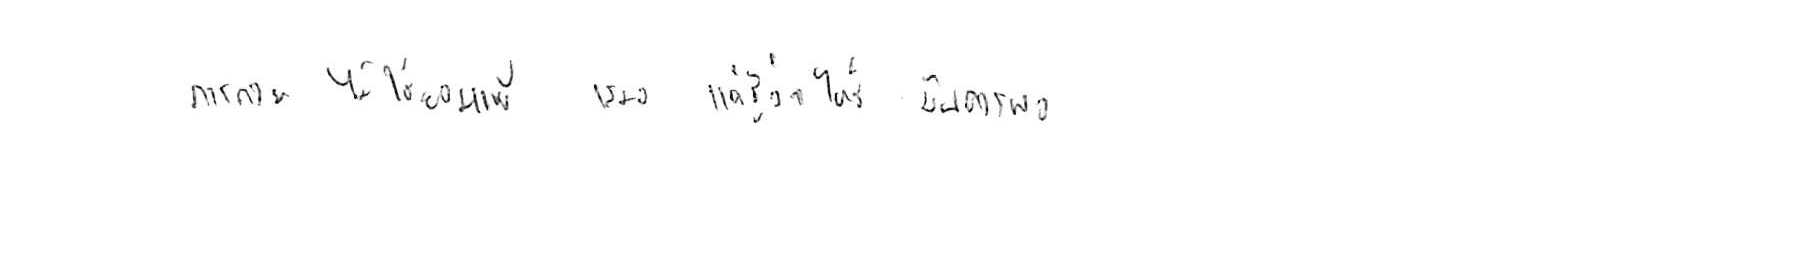
การถอย ไม่ใช่ยอมแพ้ เสมอไป แค่รู้ว่าเมื่อไหร่ มันควรพอ